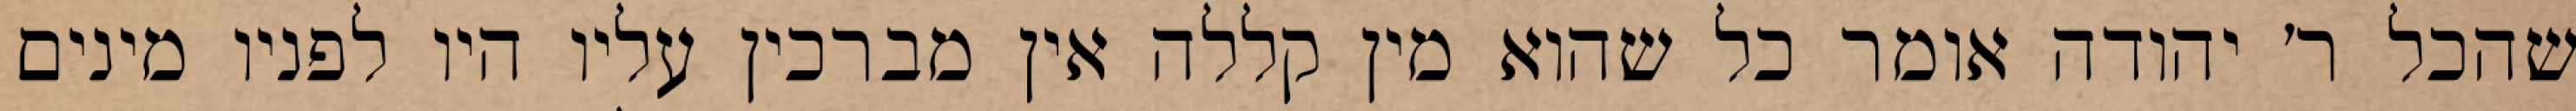
שהכל ר׳ יהודה אומר כל שהוא מין קללה אין מברכין עליו היו לפניו מינים